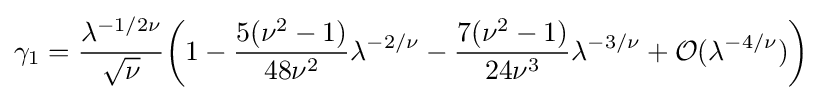
\gamma _{1}={\frac {\lambda ^{-1/2\nu }}{\sqrt {\nu }}}{\bigg (}1-{\frac {5(\nu ^{2}-1)}{48\nu ^{2}}}\lambda ^{-2/\nu }-{\frac {7(\nu ^{2}-1)}{24\nu ^{3}}}\lambda ^{-3/\nu }+{\mathcal {O}}(\lambda ^{-4/\nu }){\bigg )}